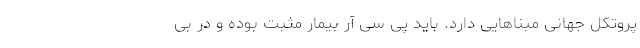
پروتکل جهانی مبناهایی دارد. باید پی سی آر بیمار مثبت بوده و در بی